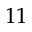
^ { 1 1 }